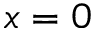
x = 0